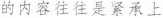
的内容往往是紧承上